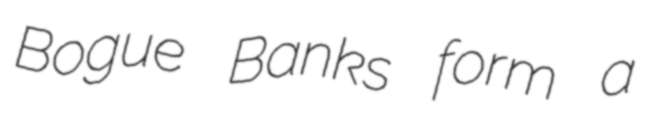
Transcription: Bogue Banks form a